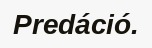
Predáció.